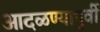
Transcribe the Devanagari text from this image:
आदळण्यापुर्वी